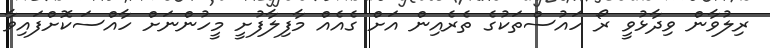
ރިލުވާން ވިދާޅުވީ ރޯ ހައުސްތަކުގެ ތެރެއިން އަށް ގެއެއް މާފިލާފުށީ މީހުންނަށް ހާއްސަކޮށްފައިވާ